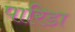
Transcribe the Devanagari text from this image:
पारिडा